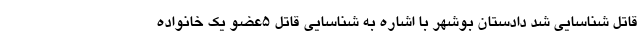
قاتل شناسایی شد دادستان بوشهر با اشاره به شناسایی قاتل ۵عضو یک خانواده